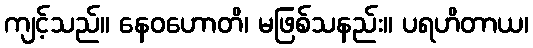
ကျင့်သည်။ နေဝဟောတိ၊ မဖြစ်သနည်း။ ပရဟိတာယ၊